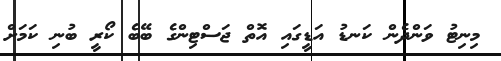
މިނިޓު ވަންދެން ކަނޑު އަޑީގައި އޮތް ޖަސްޓިންގެ ބޭބެ ކޯރީ ބުނި ކަމަށް